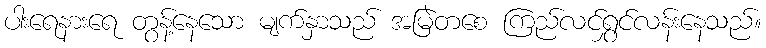
ပါးရေနားရေ တွန့်နေသော မျက်နှာသည် အမြဲတစေ ကြည်လင်ရွှင်လန်းနေသည်။